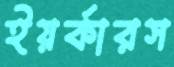
ইয়র্কারস